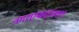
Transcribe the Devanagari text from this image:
आरएफएल१११